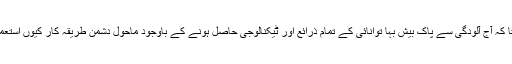
یہ کوئی نہیں پوچھتا کہ آج آلودگی سے پاک بیش بہا توانائی کے تمام ذرائع اور ٹیکنالوجی حاصل ہونے کے باوجود ماحول دشمن طریقہ کار کیوں استعمال کئے جاتے ہیں؟